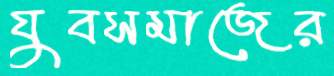
যুবসমাজের